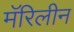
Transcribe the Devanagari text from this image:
मॅरिलीन